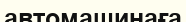
автомашинаға